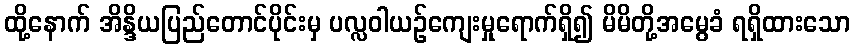
ထို့နောက် အိန္ဒိယပြည်တောင်ပိုင်းမှ ပလ္လဝါယဉ်ကျေးမှုရောက်ရှိ၍ မိမိတို့အမွေခံ ရရှိထားသော